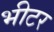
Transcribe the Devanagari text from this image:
भीटर